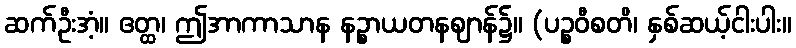
ဆက်ဦးအံ့။ ဧတ္ထ၊ ဤအာကာသာန နဉ္စာယတနဈာန်၌။ (ပဉ္စဝီစတိ၊ နှစ်ဆယ့်ငါးပါး။